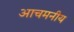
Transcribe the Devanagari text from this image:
आचमनीय